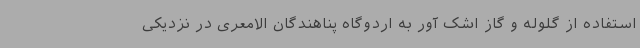
استفاده از گلوله و گاز اشک آور به اردوگاه پناهندگان الامعری در نزدیکی